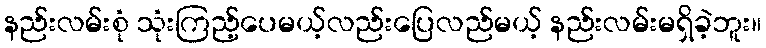
နည်းလမ်းစုံ သုံးကြည့်ပေမယ့်လည်းပြေလည်မယ့် နည်းလမ်းမရှိခဲ့ဘူး။